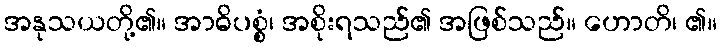
အနုသယတို့၏။ အာဓိပစ္စံ၊ အစိုးရသည်၏ အဖြစ်သည်။ ဟောတိ၊ ၏။